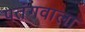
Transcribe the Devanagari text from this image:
पतंगवाला